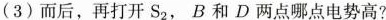
(3)而后，再打开S_{2}，B和D两点哪点电势高?